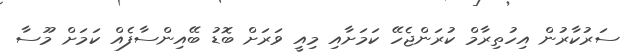
ސަރުކާރުން އިހުތިރާމް ކުރަންޖެހޭ ކަމަށާއި މިއީ ވަރަށް ބޮޑު ބޭއިންސާފެއް ކަމަށް މޫސާ